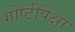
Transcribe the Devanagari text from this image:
गोष्टींपेक्षा